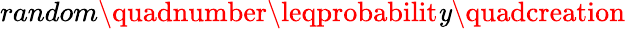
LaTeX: random\quadnumber\leqprobabilit\mathit{y}\quadcreation